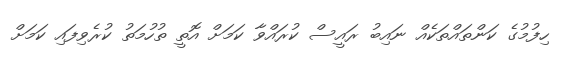
ހިފުމުގެ ކަންތައްތަކެއް ނައިބު ރައީސް ކުރައްވާ ކަމަށް އޮތީ ތުހުމަތު ކުރެވިފައި ކަމަށް